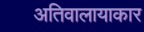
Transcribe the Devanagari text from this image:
अतिवालायाकार